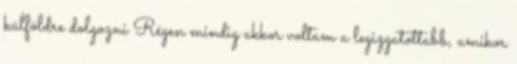
külföldre dolgozni Régen mindig akkor voltam a legizgatottabb, amikor